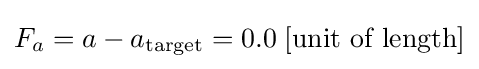
F_{a}=a-a_{\text{target}}=0.0\;[{\text{unit of length}}]